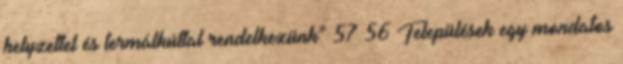
helyzettel és termálkúttal rendelkezünk” 57 56 Települések egy mondatos